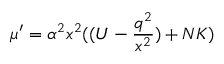
\mu ^ { \prime } = \alpha ^ { 2 } x ^ { 2 } ( ( { \cal U } - \frac { q ^ { 2 } } { x ^ { 2 } } ) + N { \cal K } )